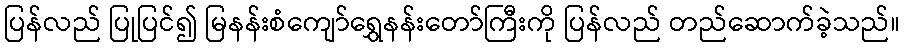
ပြန်လည် ပြုပြင်၍ မြနန်းစံကျော်ရွှေနန်းတော်ကြီးကို ပြန်လည် တည်ဆောက်ခဲ့သည်။